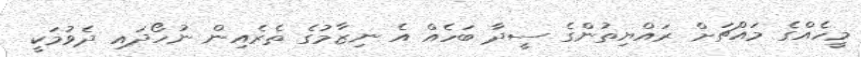
މީހެއްގެ މައްޗަށް ރައްޔިތުންގެ ސީދާ ބަހެއް އެ ނިޒާމުގެ ތެރެއިން ނުހޯދައި ދެވުމަކީ